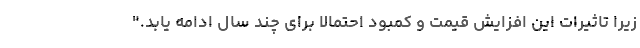
زیرا تاثیرات این افزایش قیمت و کمبود احتمالا برای چند سال ادامه یابد."